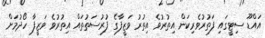
އައްޑޫ ސިޓީގައި ފަތުރުވެރިކަން އިތުރުވެ އިތުރު ވަޒީފާގެ ފުރުސަތުތައް އިތުރުވެ ވަޒީފާ ހޯދުމަށް